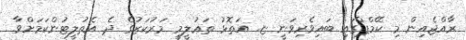
ރާއްޖެއިން މި ކޭމްޕްގައި ބައިވެރިވަނީ ޏ. އަތޮޅު ތަޢުލީމީ މަރުކަޒުގެ ދެ އެތުލީޓުންކަމަށްވާ